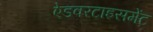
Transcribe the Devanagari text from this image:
ऐडवरटाइसमेंट